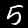
Digit: 5